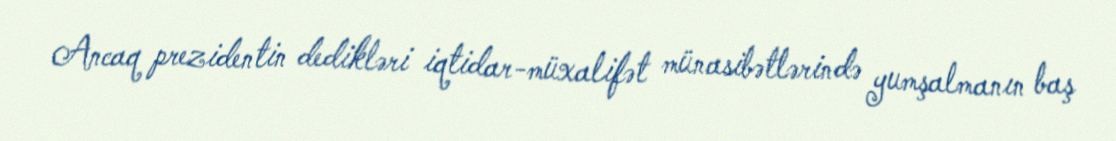
Ancaq prezidentin dedikləri iqtidar-müxalifət münasibətlərində yumşalmanın baş